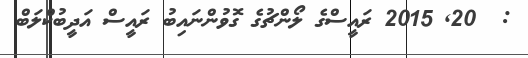
:  20